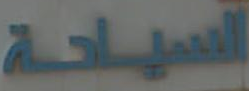
السياحة